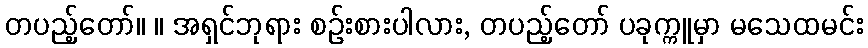
တပည့်တော်။ ။ အရှင်ဘုရား စဉ်းစားပါလား, တပည့်တော် ပခုက္ကူမှာ မသေထမင်း